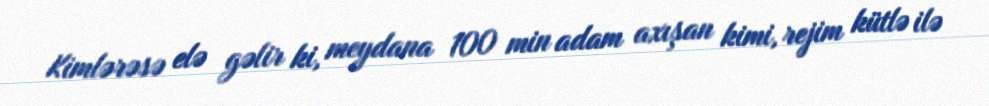
Kimlərəsə elə gəlir ki, meydana 100 min adam axışan kimi, rejim kütlə ilə